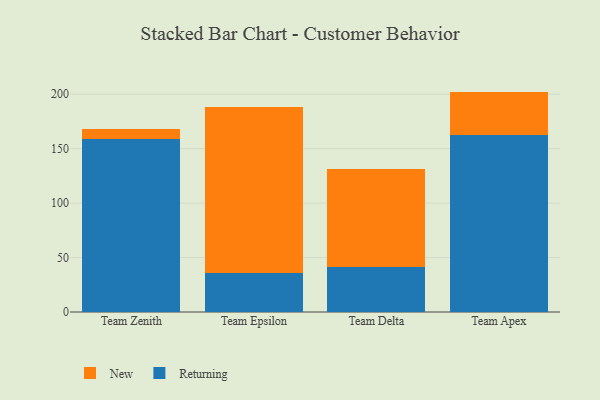
{"axis": {"x": "Team", "y": "Demand Index"}, "legend": ["New", "Returning"], "data": [{"x": "Team Zenith", "y": 159.1, "type": "Returning"}, {"x": "Team Zenith", "y": 9.3, "type": "New"}, {"x": "Team Epsilon", "y": 35.5, "type": "Returning"}, {"x": "Team Epsilon", "y": 152.7, "type": "New"}, {"x": "Team Delta", "y": 41.5, "type": "Returning"}, {"x": "Team Delta", "y": 89.4, "type": "New"}, {"x": "Team Apex", "y": 163.0, "type": "Returning"}, {"x": "Team Apex", "y": 39.4, "type": "New"}]}